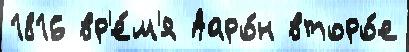
1816 вр'е́м'я Ааро́н второ́е